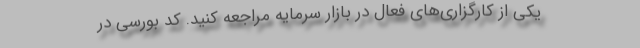
یکی از کارگزاری‌های فعال در بازار سرمایه مراجعه کنید. کد بورسی در